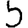
Digit: 5